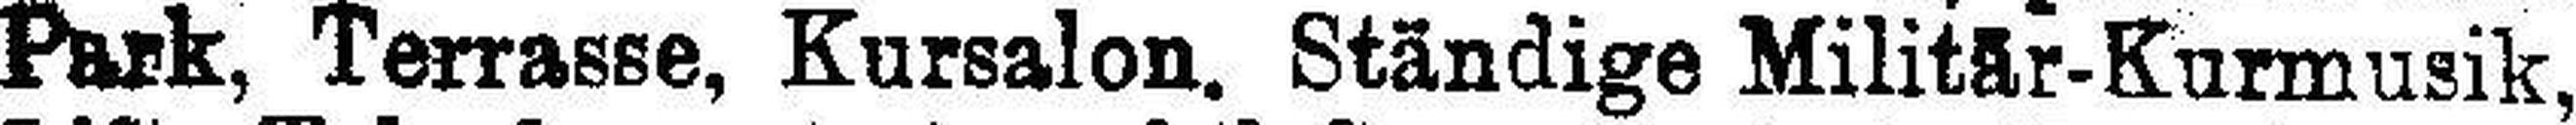
Park, Terrasse, Kursalon. Ständige Militär-Kurmusik,